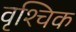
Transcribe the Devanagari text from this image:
वृश्‍चिक